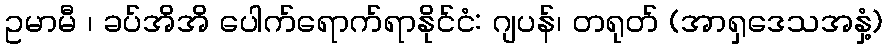
ဥမာမီ ၊ ခပ်အိအိ ပေါက်ရောက်ရာနိုင်ငံ: ဂျပန်၊ တရုတ် (အာရှဒေသအနှံ့)